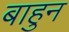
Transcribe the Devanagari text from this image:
बाहुन